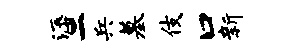
溽二兵墓伎口新